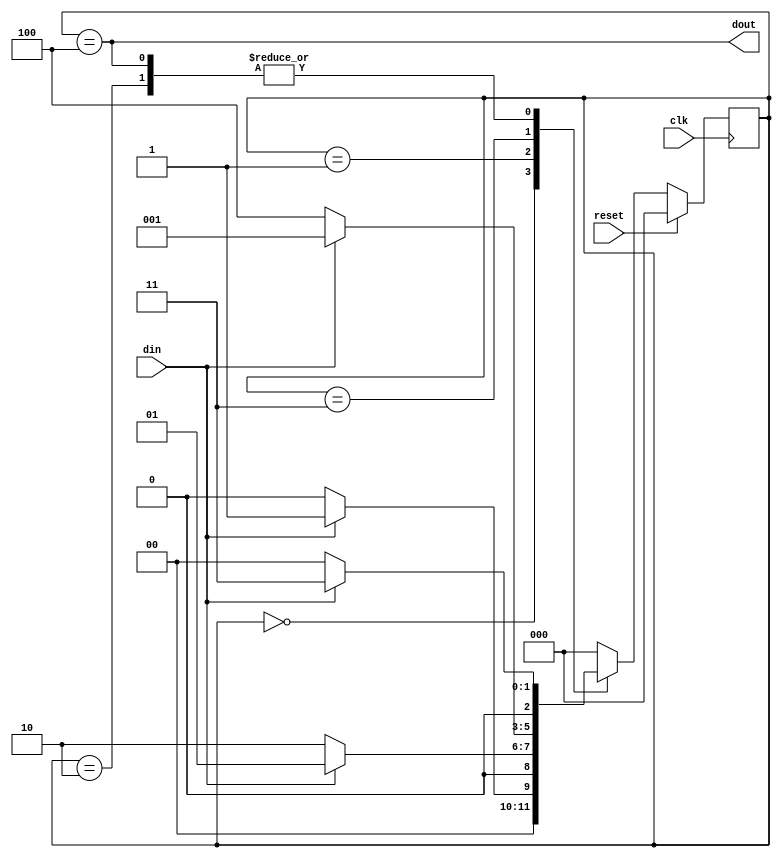
`timescale 1ns / 1ps
//////////////////////////////////////////////////////////////////////////////////
// Company: 
// Engineer: 
// 
// Design Name: 
// Module Name: seq_1010
// Project Name: 
// Target Devices: 
// Tool Versions: 
// Description: 
// 
// Dependencies: 
// 
// Revision:
// Revision 0.01 - File Created
// Additional Comments:
// 
//////////////////////////////////////////////////////////////////////////////////


module seq_1010(clk,din,reset,dout);

        
        parameter IDLE = 3'b000,
                  STATE1 = 3'b001,
                  STATE2 = 3'b010,
                  STATE3 = 3'b011,
                  STATE4 = 3'b100;
                  
        input clk,din,reset;
        output dout;
        
        reg [2:0] present_state, nxt_state;
        
        always@(posedge clk)
        begin
            if(reset)
            present_state <= IDLE;
            else
            present_state <= nxt_state;  
        end
        
        always@(present_state or din)
        begin
            nxt_state = IDLE;
            case(present_state) 
            IDLE : if(din == 1)
                   nxt_state <= STATE1;
                   else
                   nxt_state <= IDLE;
            STATE1 : if(din == 0)
                   nxt_state <= STATE2;
                   else
                   nxt_state <= STATE1;
            STATE2 : if(din == 1)
                   nxt_state <= STATE3;
                   else
                   nxt_state <= IDLE;
            STATE3 : if(din == 0)
                   nxt_state <= STATE4;
                   else
                   nxt_state <= STATE1; 
            STATE4 : if(din == 1)
                   nxt_state <= STATE3;
                   else
                   nxt_state <= IDLE;  
            
            default : nxt_state <= IDLE;
            endcase
        end
        
        assign dout = (present_state == STATE4);
        
endmodule